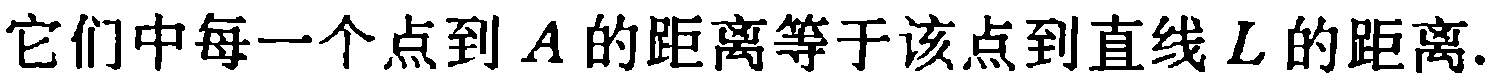
它们中每一个点到 \(A\) 的距离等于该点到直线 \(L\) 的距离.